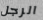
الرجل